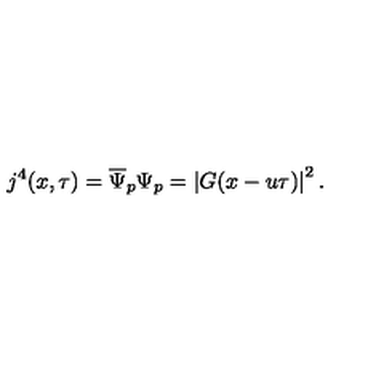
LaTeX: j ^ { 4 } ( x , \tau ) = \overline { { \Psi } } _ { p } \Psi _ { p } = \left| G ( x - u \tau ) \right| ^ { 2 } .